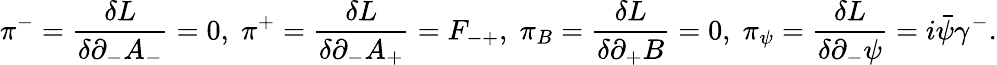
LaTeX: {\pi}^{-}=\frac{{\delta}L}{{\delta}{\partial}_{-}A_{-}}=0,\; {\pi}^{+}=\frac{{\delta}L}{{\delta}{\partial}_{-}A_{+}}=F_{-+},\; {\pi}_{B}=\frac{{\delta}L}{{\delta}{\partial}_{+}B}=0,\; {\pi}_{\psi}=\frac{{\delta}L}{{\delta}{\partial}_{-}{\psi}}=i\bar{\psi}{\gamma}^{-}.